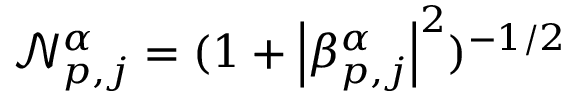
\mathcal { N } _ { p , j } ^ { \alpha } = ( 1 + \left| \beta _ { p , j } ^ { \alpha } \right| ^ { 2 } ) ^ { - 1 / 2 }